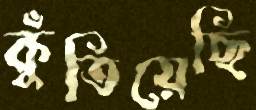
কুঁতিয়েছি